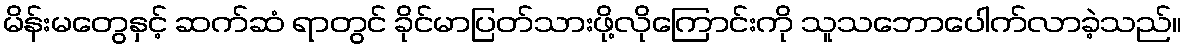
မိန်းမတွေနှင့် ဆက်ဆံ ရာတွင် ခိုင်မာပြတ်သားဖို့လိုကြောင်းကို သူသဘောပေါက်လာခဲ့သည်။